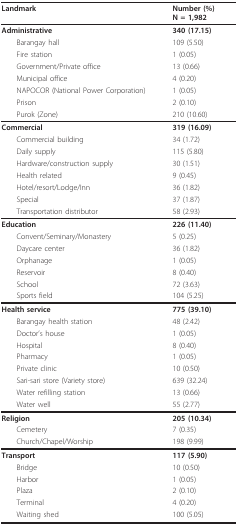
<table><thead><tr><td><b>Landmark</b></td><td><b>Number (%)N = 1,982</b></td></tr></thead><tbody><tr><td><b>Administrative</b></td><td><b>340 (17.15)</b></td></tr><tr><td> Barangay hall</td><td>109 (5.50)</td></tr><tr><td> Fire station</td><td>1 (0.05)</td></tr><tr><td> Government/Private office</td><td>13 (0.66)</td></tr><tr><td> Municipal office</td><td>4 (0.20)</td></tr><tr><td> NAPOCOR (National Power Corporation)</td><td>1 (0.05)</td></tr><tr><td> Prison</td><td>2 (0.10)</td></tr><tr><td> Purok (Zone)</td><td>210 (10.60)</td></tr><tr><td><b>Commercial</b></td><td><b>319 (16.09)</b></td></tr><tr><td> Commercial building</td><td>34 (1.72)</td></tr><tr><td> Daily supply</td><td>115 (5.80)</td></tr><tr><td> Hardware/construction supply</td><td>30 (1.51)</td></tr><tr><td> Health related</td><td>9 (0.45)</td></tr><tr><td> Hotel/resort/Lodge/Inn</td><td>36 (1.82)</td></tr><tr><td> Special</td><td>37 (1.87)</td></tr><tr><td> Transportation distributor</td><td>58 (2.93)</td></tr><tr><td><b>Education</b></td><td><b>226 (11.40)</b></td></tr><tr><td> Convent/Seminary/Monastery</td><td>5 (0.25)</td></tr><tr><td> Daycare center</td><td>36 (1.82)</td></tr><tr><td> Orphanage</td><td>1 (0.05)</td></tr><tr><td> Reservoir</td><td>8 (0.40)</td></tr><tr><td> School</td><td>72 (3.63)</td></tr><tr><td> Sports field</td><td>104 (5.25)</td></tr><tr><td><b>Health service</b></td><td><b>775 (39.10)</b></td></tr><tr><td> Barangay health station</td><td>48 (2.42)</td></tr><tr><td> Doctor&#x27;s house</td><td>1 (0.05)</td></tr><tr><td> Hospital</td><td>8 (0.40)</td></tr><tr><td> Pharmacy</td><td>1 (0.05)</td></tr><tr><td> Private clinic</td><td>10 (0.50)</td></tr><tr><td> Sari-sari store (Variety store)</td><td>639 (32.24)</td></tr><tr><td> Water refilling station</td><td>13 (0.66)</td></tr><tr><td> Water well</td><td>55 (2.77)</td></tr><tr><td><b>Religion</b></td><td><b>205 (10.34)</b></td></tr><tr><td> Cemetery</td><td>7 (0.35)</td></tr><tr><td> Church/Chapel/Worship</td><td>198 (9.99)</td></tr><tr><td><b>Transport</b></td><td><b>117 (5.90)</b></td></tr><tr><td> Bridge</td><td>10 (0.50)</td></tr><tr><td> Harbor</td><td>1 (0.05)</td></tr><tr><td> Plaza</td><td>2 (0.10)</td></tr><tr><td> Terminal</td><td>4 (0.20)</td></tr><tr><td> Waiting shed</td><td>100 (5.05)</td></tr></tbody></table>